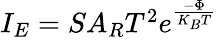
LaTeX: \begin{array}{r}{I_{E}=SA_{R}T^{2}e^{\frac{-\Phi}{K_{B}T}}}\end{array}